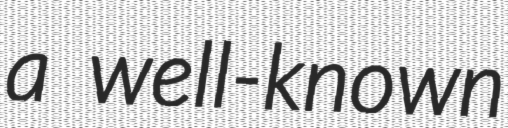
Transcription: a well-known